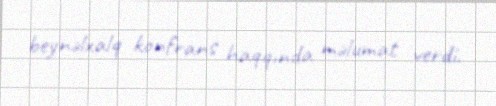
beynəlxalq konfrans haqqında məlumat verdi.